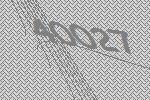
40027